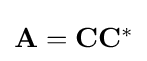
{\textstyle \mathbf {A} =\mathbf {C} \mathbf {C} ^{*}}